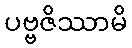
ပဗ္ဗဇိဿာမိ